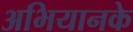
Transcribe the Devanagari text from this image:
अभियानके